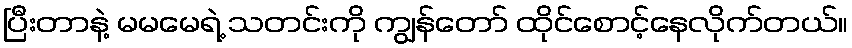
ပြီးတာနဲ့ မမမေရဲ့ သတင်းကို ကျွန်တော် ထိုင်စောင့်နေလိုက်တယ်။